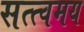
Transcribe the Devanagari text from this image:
सत्त्वमय